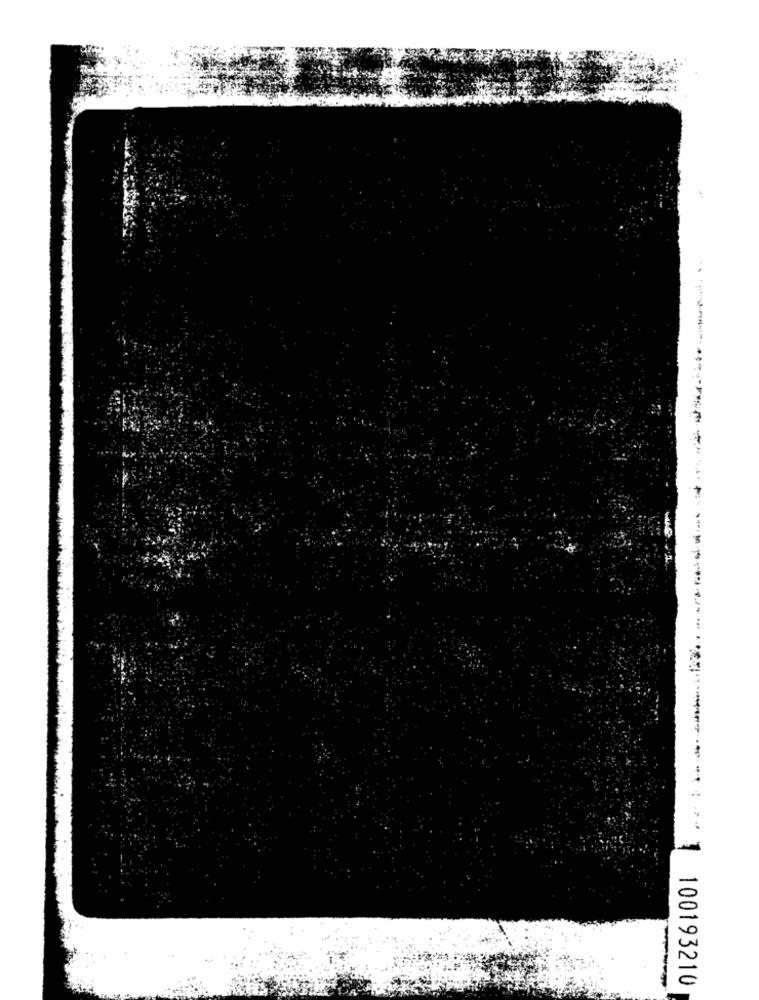
100193210